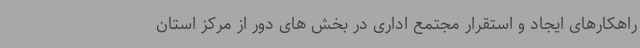
راهکارهای ایجاد و استقرار مجتمع اداری در بخش های دور از مرکز استان